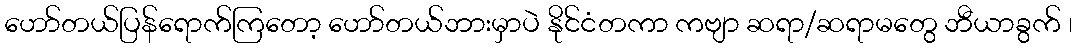
ဟော်တယ်ပြန်ရောက်ကြတော့ ဟော်တယ်ဘားမှာပဲ နိုင်ငံတကာ ကဗျာ ဆရာ/ဆရာမတွေ ဘီယာခွက် ၊